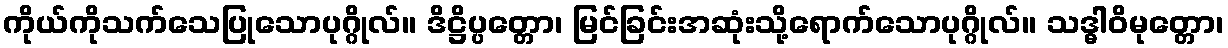
ကိုယ်ကိုသက်သေပြုသောပုဂ္ဂိုလ်။ ဒိဋ္ဌိပ္ပတ္တော၊ မြင်ခြင်းအဆုံးသို့ရောက်သောပုဂ္ဂိုလ်။ သဒ္ဓါဝိမုတ္တော၊